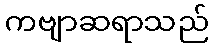
ကဗျာဆရာသည်